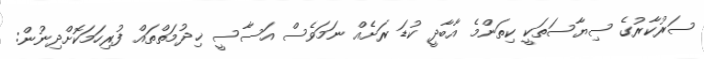
ސަރުކާރުގެ ސިޔާސަތަކީ ކިތަންމެ އާބާދީ ކުޑަ ރަށެއް ނަމަވެސް އަސާސީ ޚިދުމަތްތައް ފުރިހަމަކޮށްދިނުން: